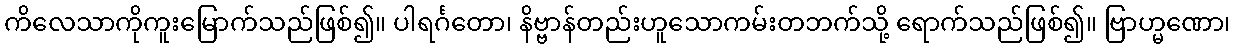
ကိလေသာကိုကူးမြောက်သည်ဖြစ်၍။ ပါရင်္ဂတော၊ နိဗ္ဗာန်တည်းဟူသောကမ်းတဘက်သို့ ရောက်သည်ဖြစ်၍။ ဗြာဟ္မဏော၊